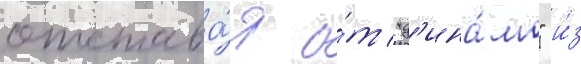
отстава́я о́т "д'ина́мо" и́з